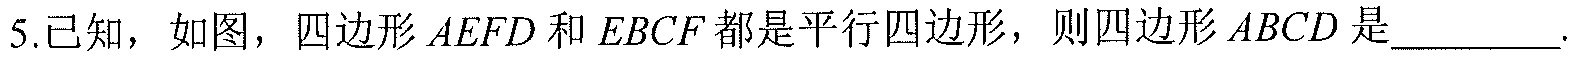
5.已知，如图，四边形\(AEFD\)和\(EBCF\)都是平行四边形，则四边形\(ABCD\)是_________.